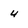
Character: 4